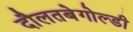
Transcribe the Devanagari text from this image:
दौलतबेगोल्डी